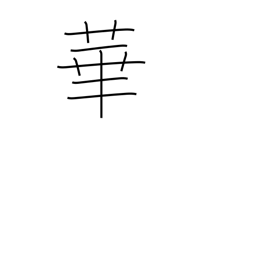
Meaning: petal